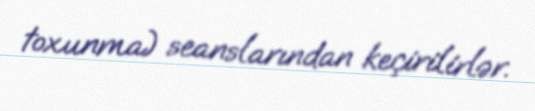
toxunma) seanslarından keçirilirlər.